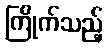
ကြိုက်သည့်